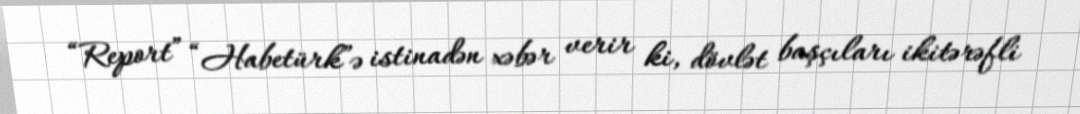
“Report” “Habetürk”ə istinadən xəbər verir ki, dövlət başçıları ikitərəfli